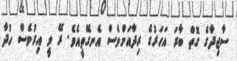
ސާޖިދާގެ ގޮތް ބާރަ އަހަރުގެ ރިދާއަށްވެސް އެނގޭތީއެވެ. ރޭ ވީ އިރުވެސް ހުދާ